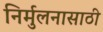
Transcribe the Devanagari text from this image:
निर्मुलनासाठी